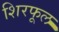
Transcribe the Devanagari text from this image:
शिरफूल